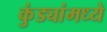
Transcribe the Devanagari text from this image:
कुंड्यांमध्ये